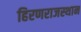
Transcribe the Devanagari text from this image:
हिरणराजस्थान